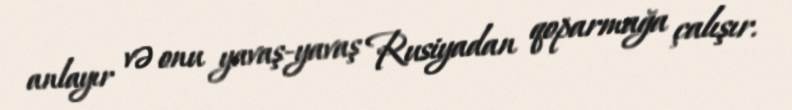
anlayır və onu yavaş-yavaş Rusiyadan qoparmağa çalışır.